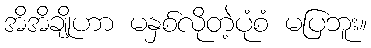
အိအိချိုဟာ မနှစ်လိုတဲ့ပုံစံ မပြဘူး။